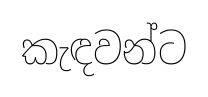
කැඳවන්ට